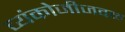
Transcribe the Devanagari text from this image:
व्यंकोजीजवळ